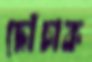
ছোঁচাক